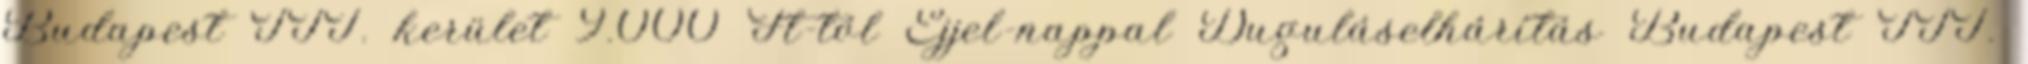
Budapest III. kerület 9.000 Ft-tól Éjjel-nappal Duguláselhárítás Budapest III.